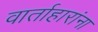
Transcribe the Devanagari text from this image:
वार्ताहारांना